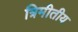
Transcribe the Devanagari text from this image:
त्रिमीतीय